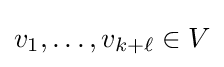
v_{1},\ldots ,v_{k+\ell }\in V